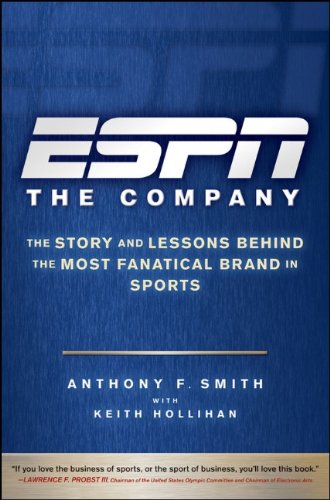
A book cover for ESPN The Company: The Story and Lessons Behind the Most Fanatical Brand in Sports; Anthony F. Smith; Business & Money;